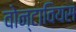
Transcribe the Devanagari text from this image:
वोन्टावियस